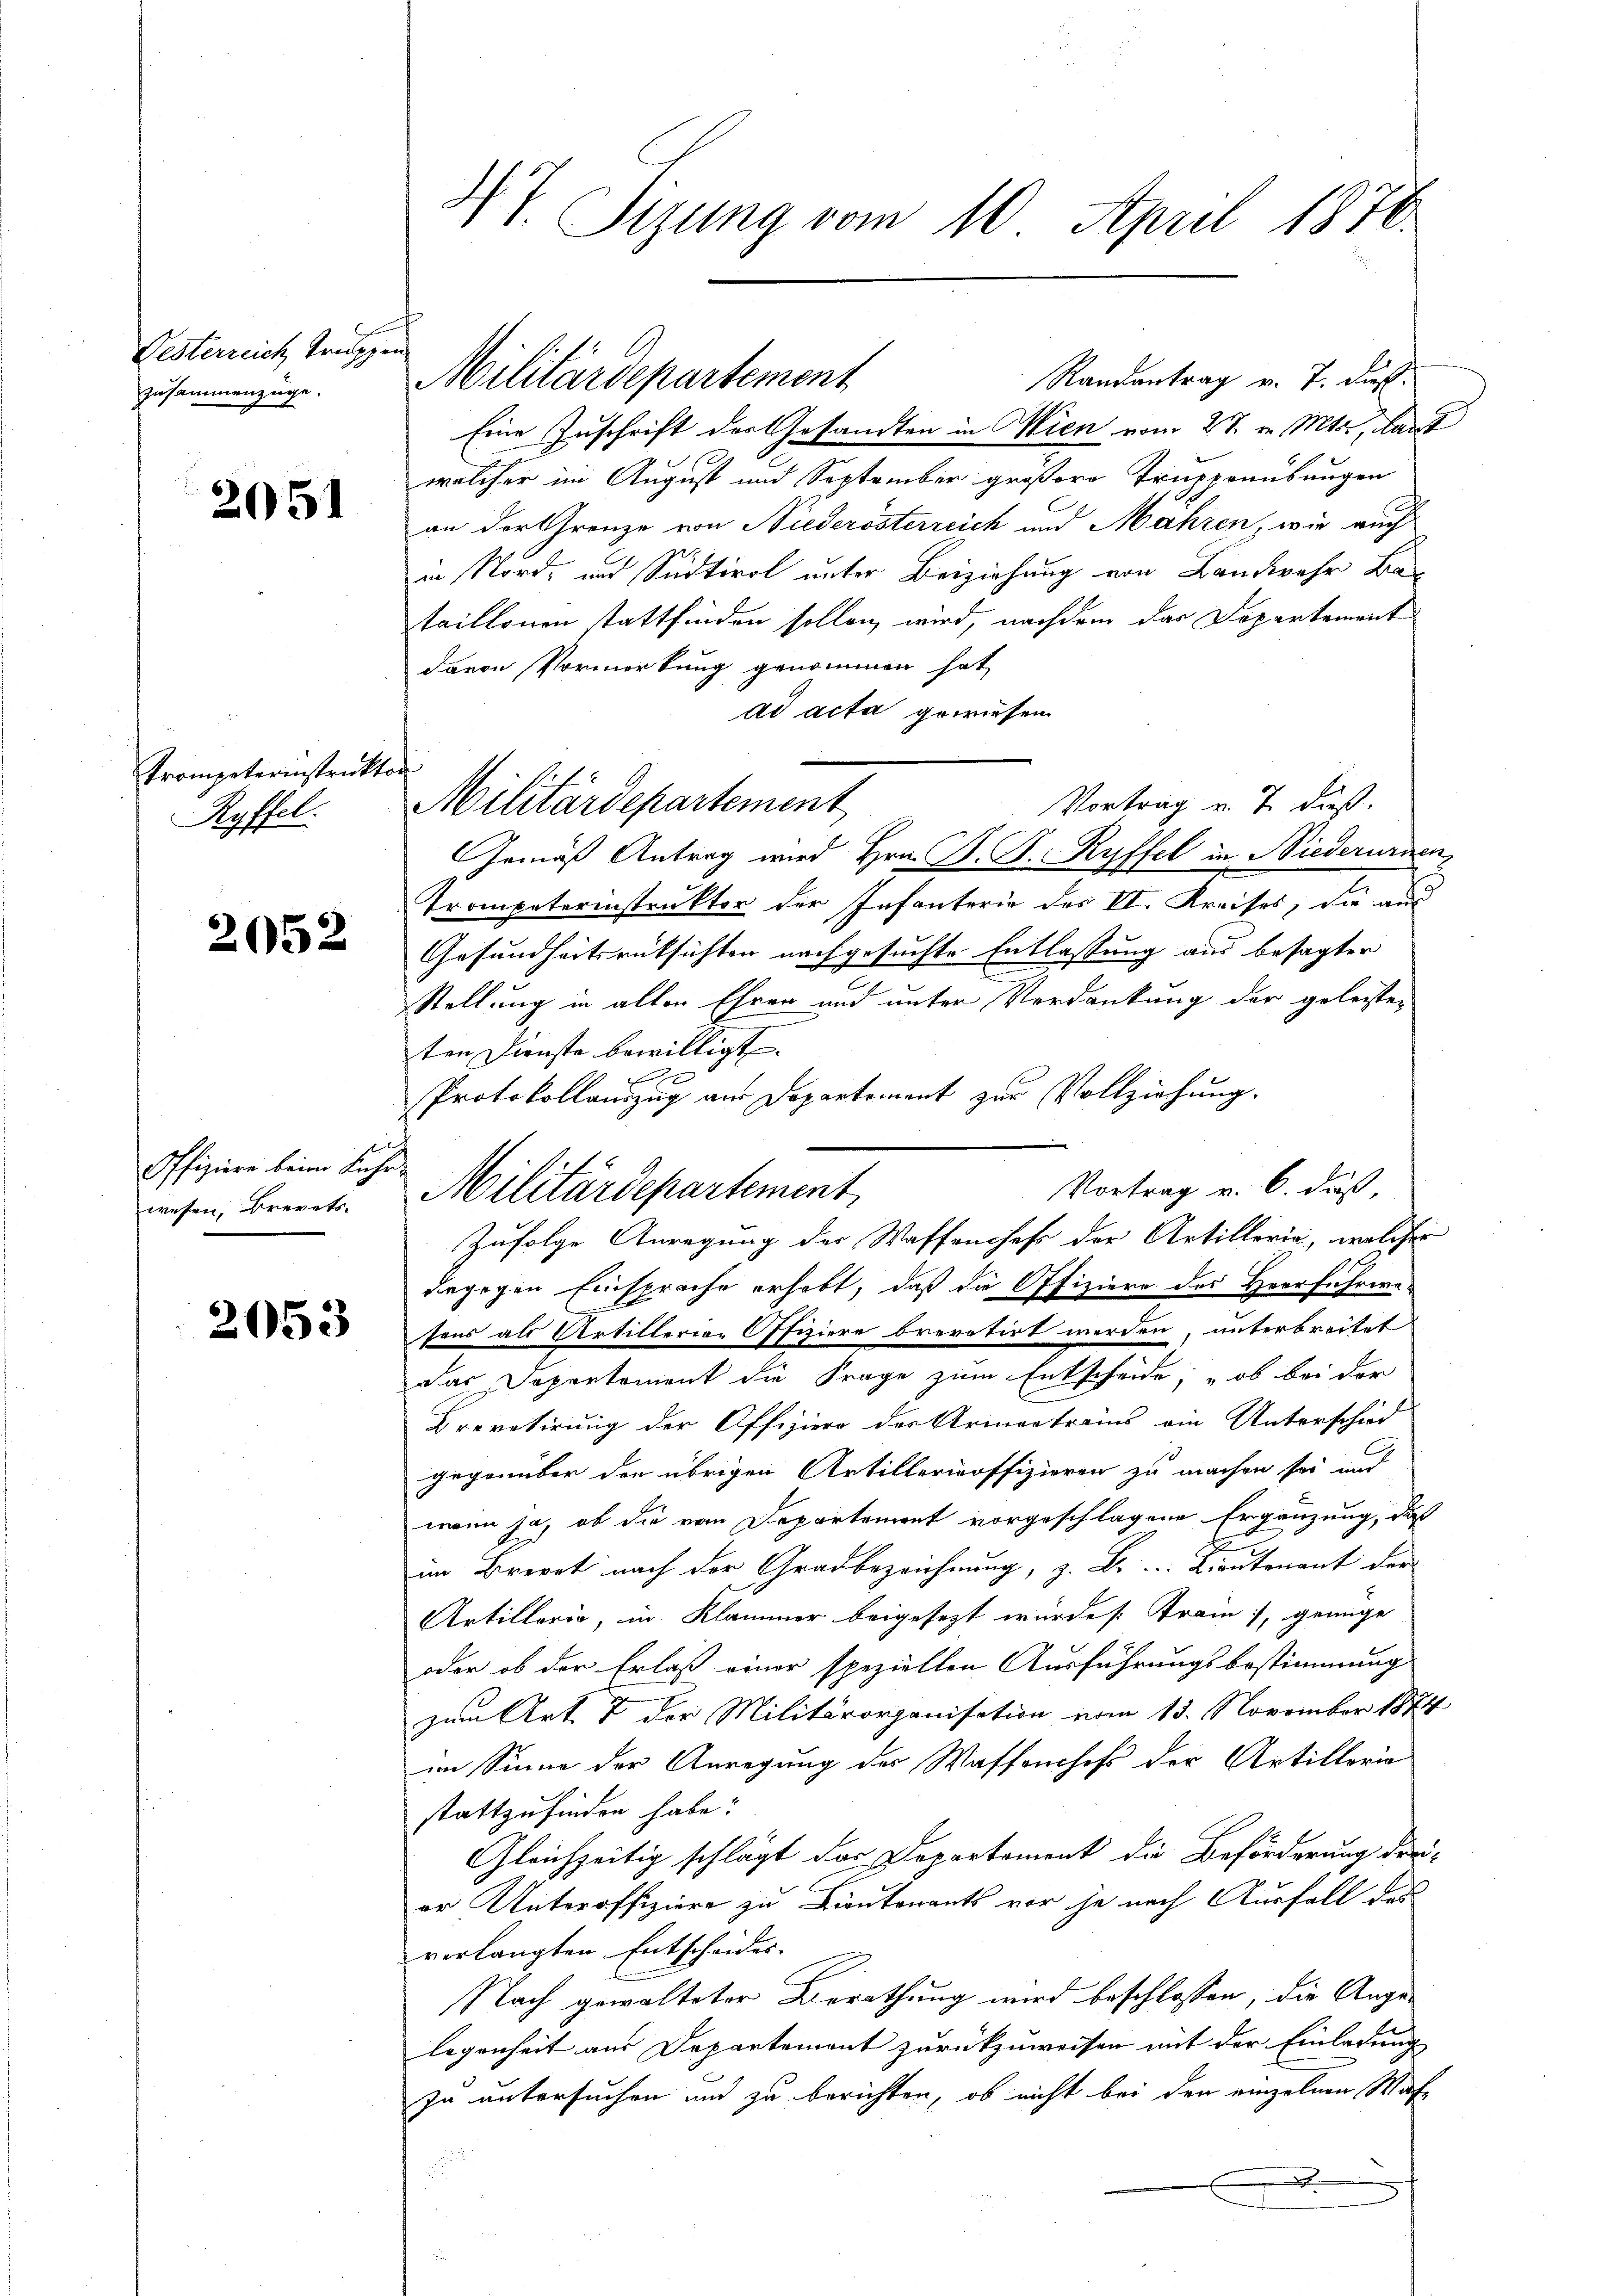
Lesterreich Trupp
zusammenzüge.

2051

Trompeterinstrukt
Ryffel.

2052

Offiziere beim Kuhn,
wesen, Brevets

2053

4t. Sizung vom 10. April 1876.

Randantrag v. J. dies¬
Eine Zuschrift der Gesandten in Wien vom 27. v. Mts., Kant
welcher im August und September größere Truppenübungen
an der Grenze von Niederösterreich und Mahren, wie auch
in Nord- und Südtirol unter Beiziehung von Landwehr Ba
taillonen stattfinden sollen wird, nachdem das Departement
davon Vormerkung genommen hat,
ad acta gewiesen.
f
Vortrag v. 7. dieß.
Gemäß Antrag wird Hrn. B. S. Ryffel in Niederurnen,
Trompeterinstruktor der Infanterie des VI. Kreises, die aus
Gesundheitsrücksichten nachgesuchte Entlassung aus besagter
Stellung in allen Ehren und unter Verdankung der geleiste-

ten Dienste bewilligt.
e
Protokollauszug aus Departement zur Vollziehung.
Vortrag v. 6. daß,
Zufolge Anregung der Waffenchefs der Artillerie, welcher
diegegen Einsprache erhebt, daß die Offiziere des Herrfuhrere
sons als Artillerien Offiziere brevetirt worden, unterbreitet
das Departement die Frage zum Entscheide, „ob bei der
Brevetirung der Offiziere des Armantrais ein Unterschied
gegenüber den übrigen Artillerinoffizieren zu machen sei und
wenn ja, ob die vom Departement vorgeschlagene Ergänzung, daß
e
im Berat nach der Grad bezeichnung, z. B. Lieutenant der
Artillerie, in Klammer beigesezt wurde [: Tram, genüge
oder ob der Erlaß einer speziellen Ausführungsbestimmung
zum Art. 7 der Militärorganisation vom 13. November 1874
im Sinne der Anregung des Wassenhofs der Artillorio
stattzufinden habe:
Gleichzeitig schlägt das Departement die Beförderung drei-
er Unteroffiziere zu Lieutenants vor je nach Ausfall des
verlangten Entscheides.
Nach gewalteter Berathung wird beschlossen, die Angelegenheit aus Departemont zurückzuweisen mit der Einladung
In untersuchen und zu berichten, ob nicht bei den einzelnen Waf¬
.

Militärdepartement

Militärdepartement

Militärdepartement,